Maali_päevik, lk 69
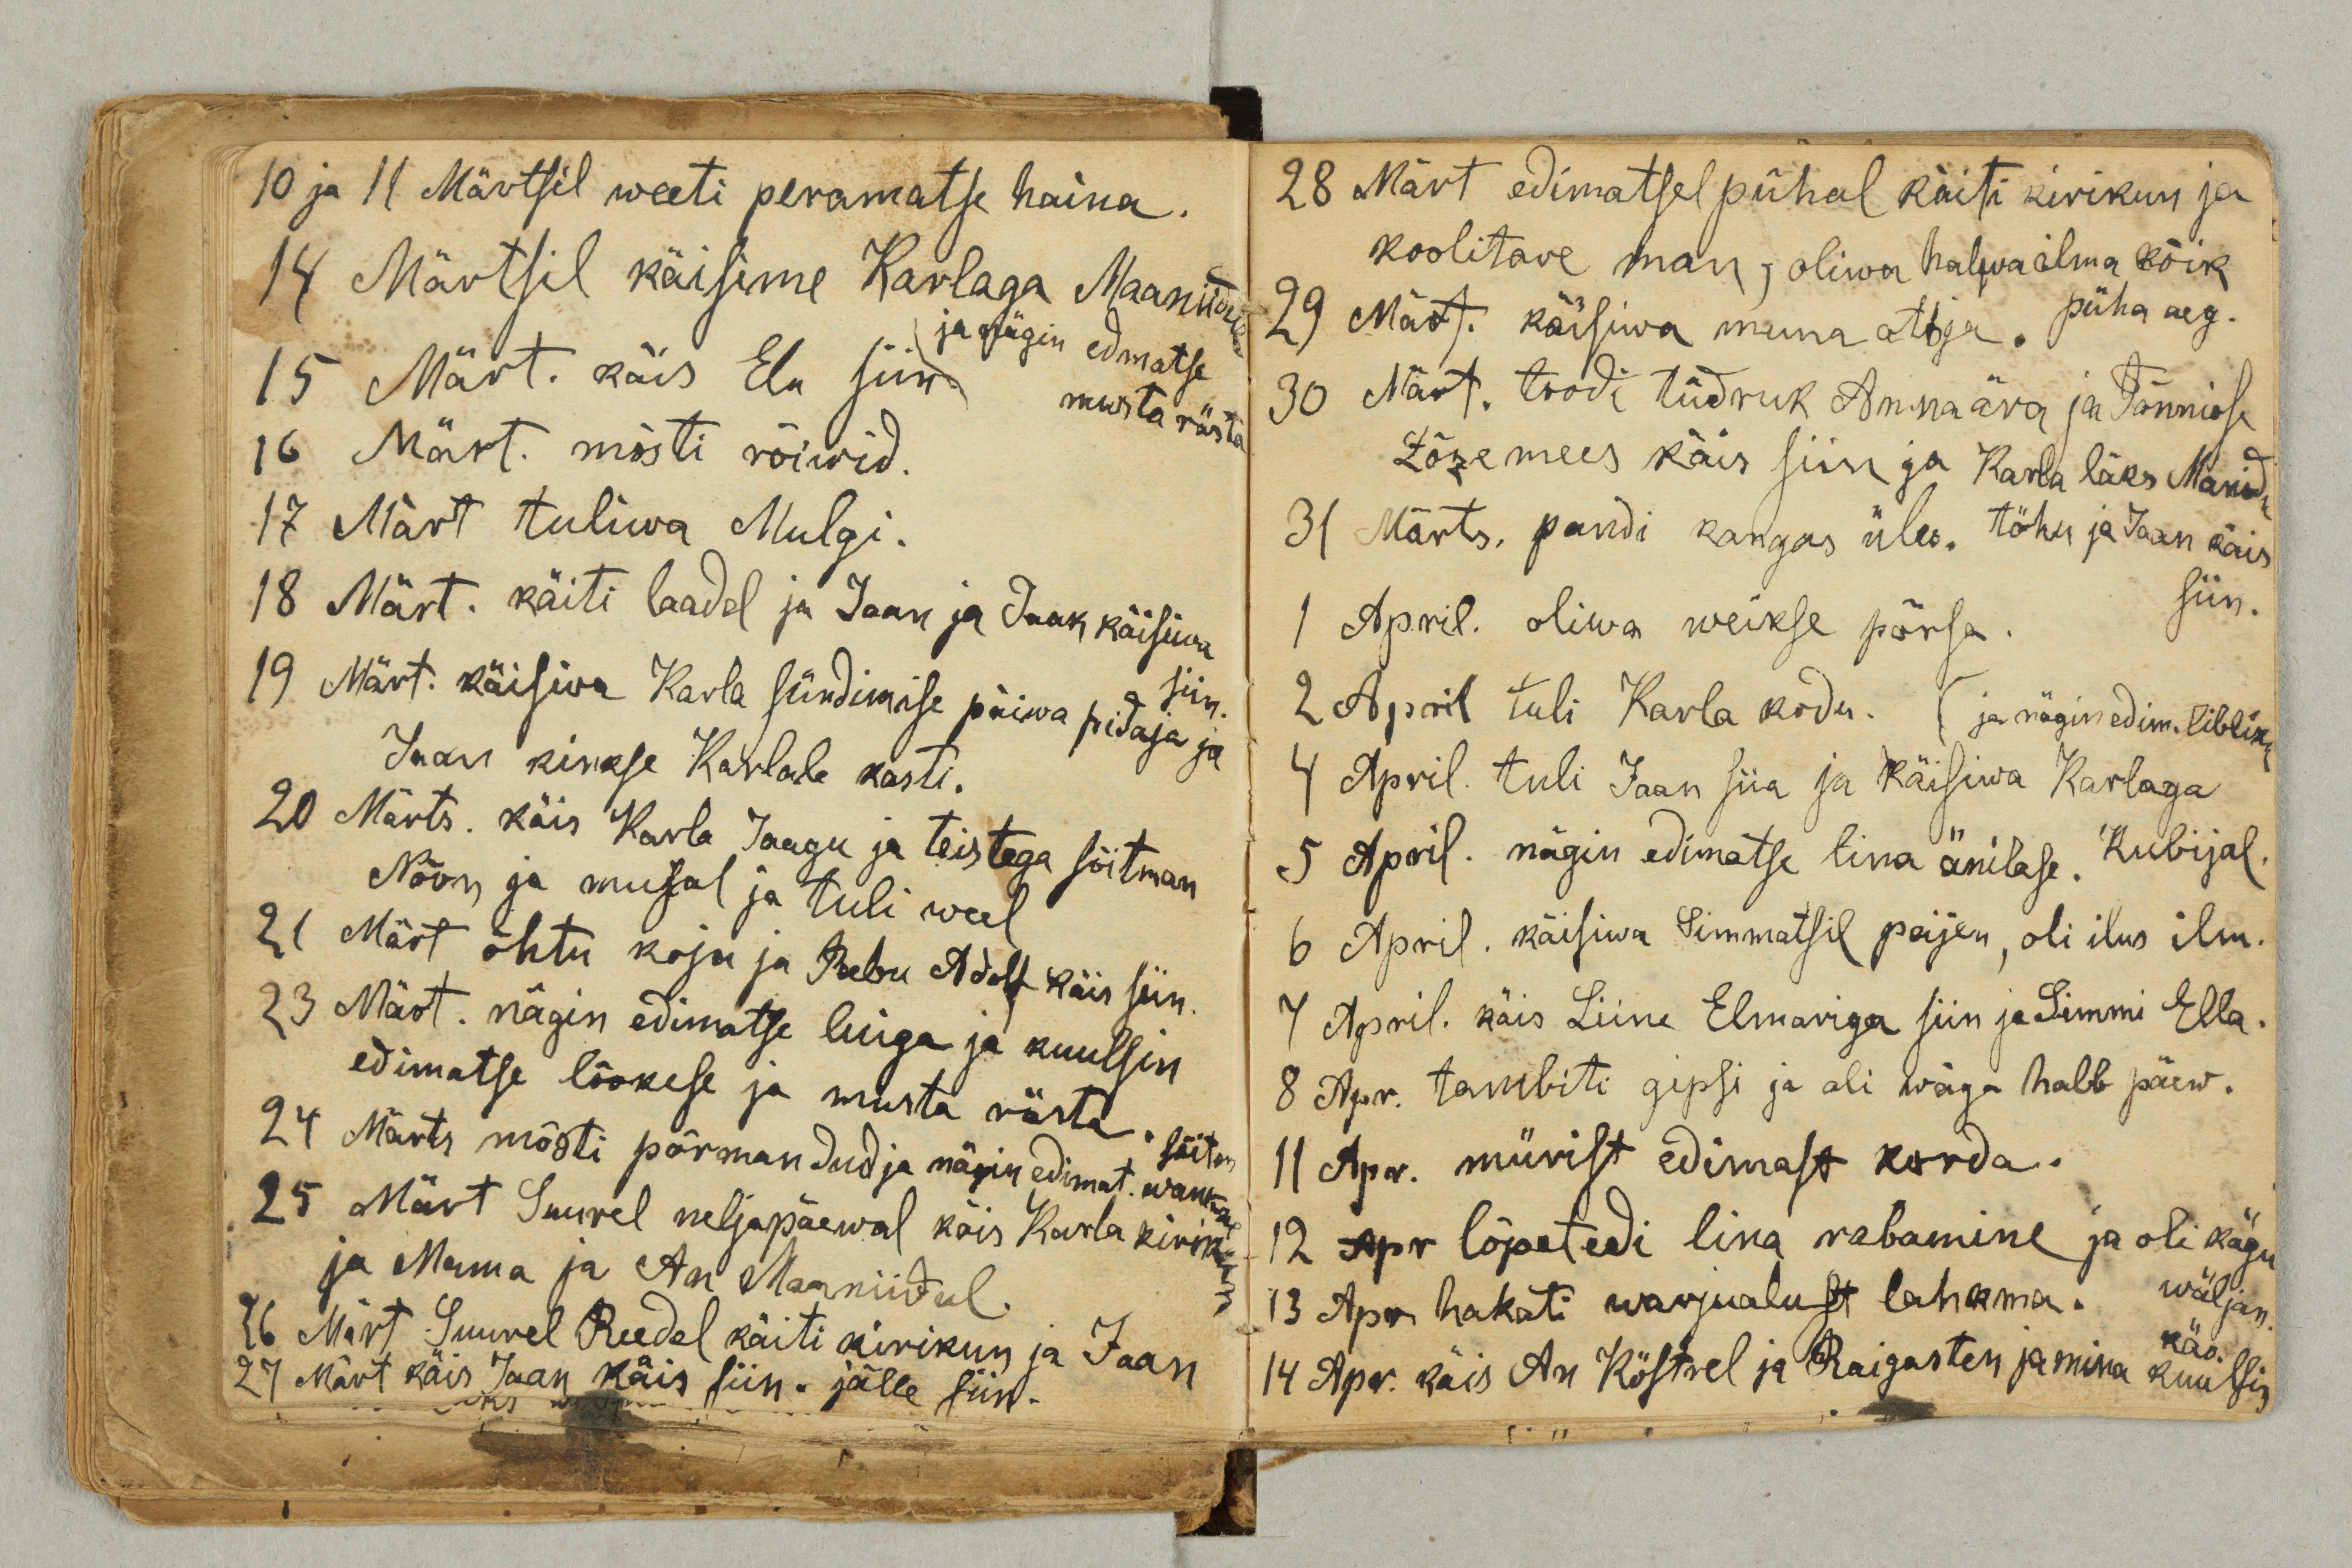
10 ja 11 Märtsil weeti peramatse haina.
14 Märtsil käisime Karlaga Maaniidul
ja nägin edmatse
musta rästa.
15 Märt. käis Elu siin.
16 Märt. mõsti rõiwid.
17 Märt tuliwa Mulgi.
18 Märt. käiti laadal ja Jaan ja Jaak käisiwa
siin
19 Märt. käisiva Karla sündimise päiwa pidaja ja
Jaan kinkse Karlale kasti.
29 Märts. käis Karla Jaagu ja teistega sõitman
Nõon ja mujal ja tuli weel
21 Märt õhtu koju ja Peebu Adolf käis siin.
23 Märt. nägin edimatse luiga ja kuulsin
edimatse lõokese ja musta rästa. sõitm.
24 Märts mõsti põrmandud ja nägin edimat. wankre
25 Märt Suurel neljapäeval käis karla kirikun
ja Mama ja An Maaniidul.
26 Märt Suurel Reedel käiti kirikun ja Jaan
27 Märt käis Jaan käis siin. jälle siin.

28 Märt edimatsel pühal käiti kirikun ja
koolitare man, oliwa halwa ilma kõik
29 Märt. käisiwa muna otsja. püha aeg.
30 Märt. toodi tüdruk Anna ära ja Tõnnisse
Zõze mees käis siin ja Karla läks Manidu
töhu ja Jaan käis
siin.
31 Märts. pandi kangas üles.
1 April. oliwa weikse põrsa.
2 April tuli Karla kodu.
4 April. tuli Jaan siia ja käisiwa Karlaga
ja nägin edim. libliku.
Kubijal
5 April. nägin edimatse tina änilase.
6 April. käisiwa Simmatsil peijen, oli ilus ilm.
7 April. käis Liine Elmariga siin ja Simmi Ella.
8 Apr. tambiti gipsi ja oli wäga halb päew.
11 Apr. mürist edimast korda.
12 Apr lõpetedi lina rabamine ja oli kägu
wäljan.
13 Apr hakati warjualust lahkma.
14 Apr. käis An Köstrel ja Raigasten ja mina kuulsin
käo.